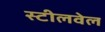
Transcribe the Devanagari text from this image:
स्टीलवेल